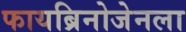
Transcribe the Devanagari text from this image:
फायब्रिनोजेनला